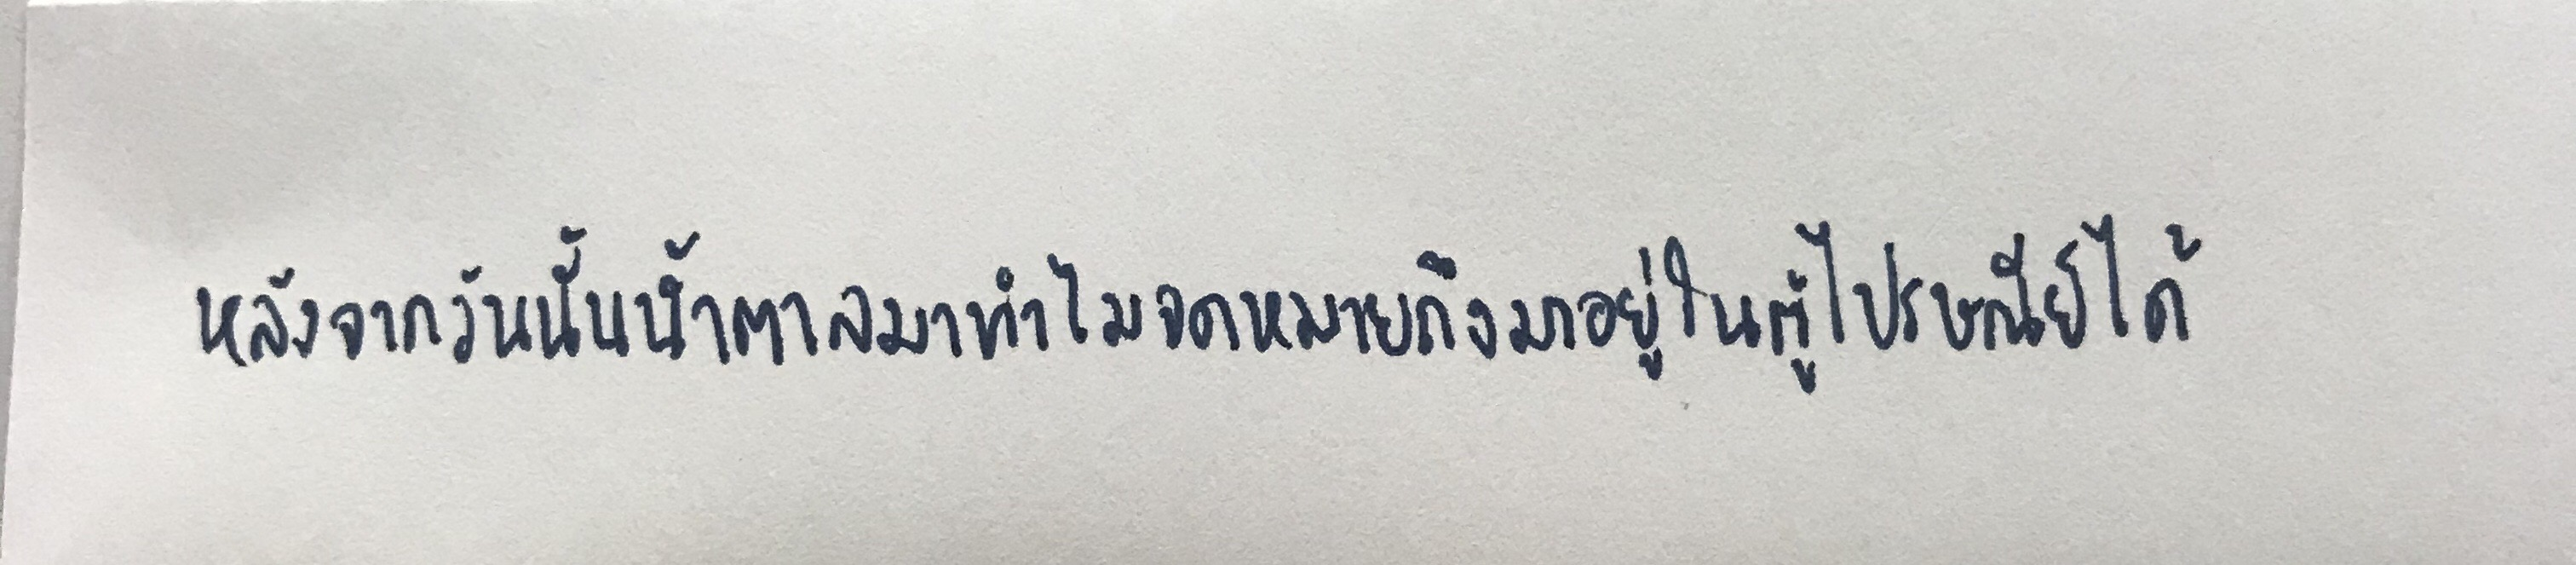
หลังจากวันนั้นน้ำตาลมาทำไมจดหมายถึงมาอยู่ในตู้ไปรษณีย์ได้